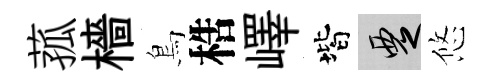
菰檣鳥梏嶧階覂悠